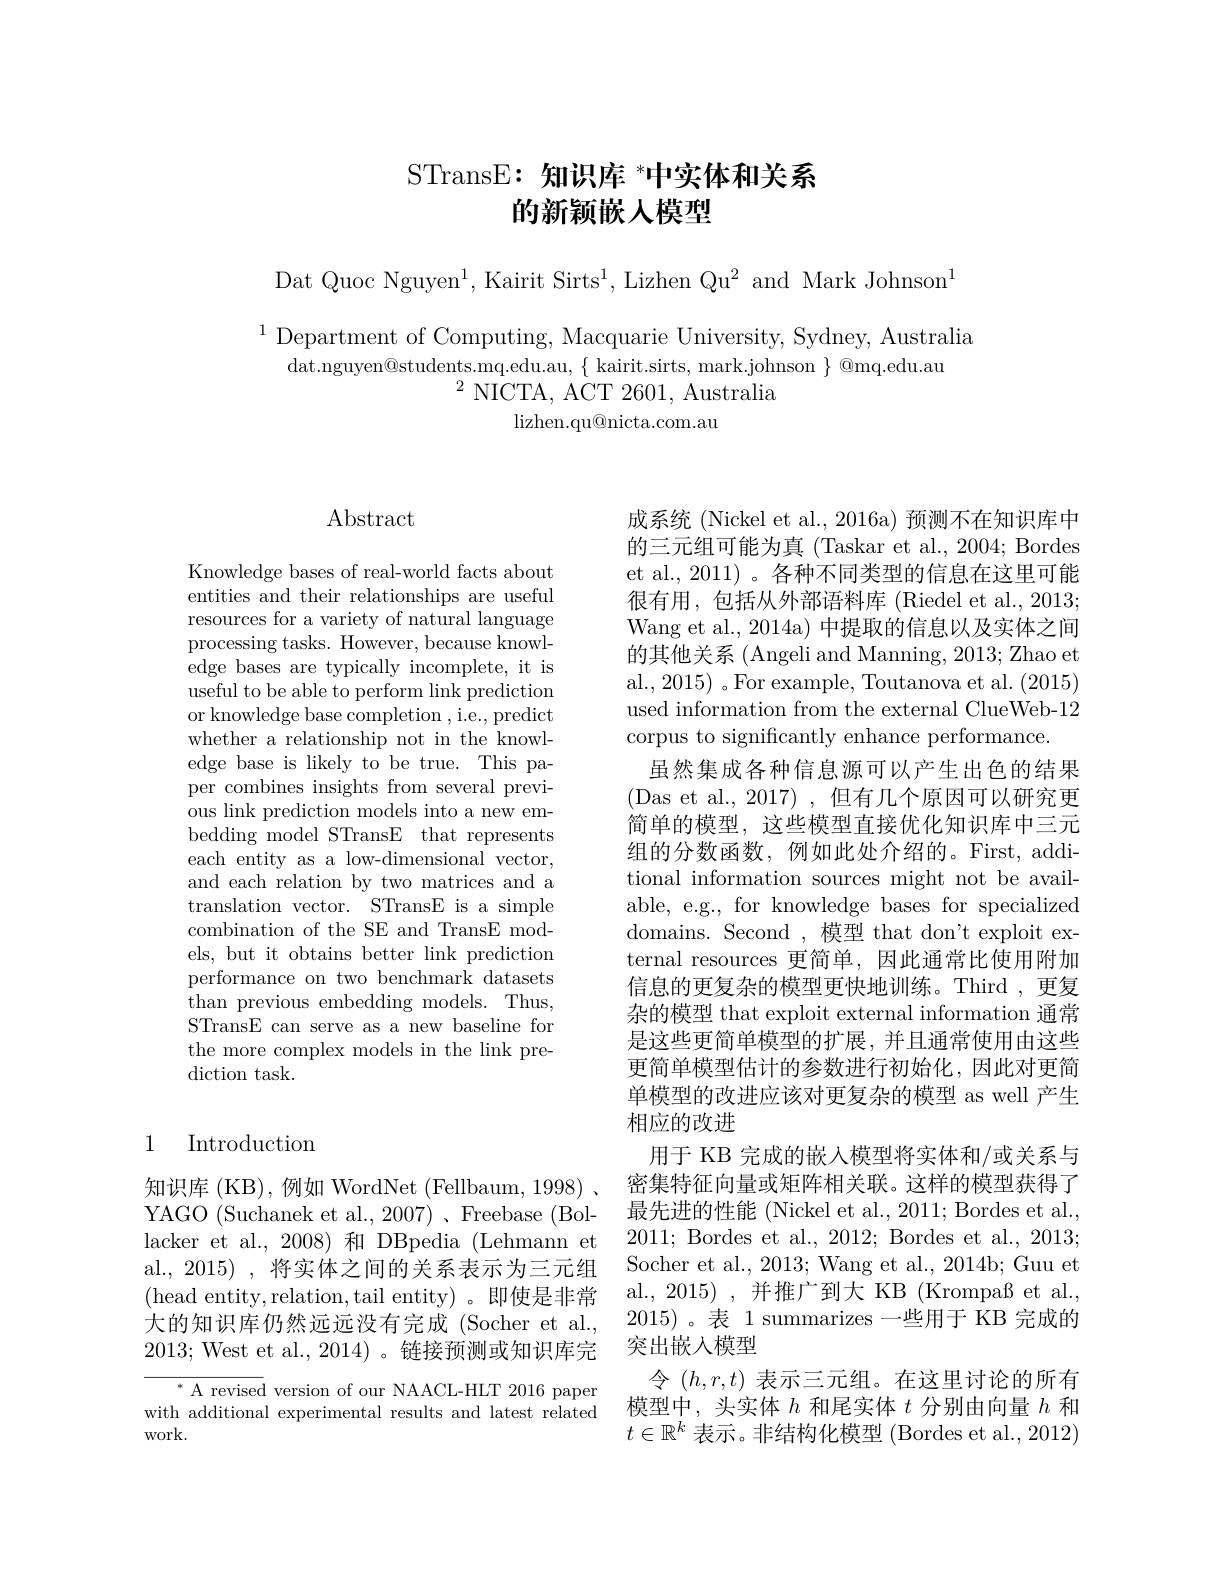
### STransE: $\textbf{知 识 库 }^{* }$中实体和关系的新颖嵌人模型

Dat Quoc Nguyen$^1$,Kairit Sirts$^1$,Lizhen Qu$^2$ and Mark Johnson$^1$

$^{1}$Department of Computing, Macquarie University, Sydney, Australia
$dat.nguyen@students.mq.edu.au,\{~kairit.sirts,~mark.johnson~\}~@mq.edu.au$
$^{2}{\mathrm{~NICTA,~ACT~2601,~Australia}}$
lizhen. qu@ nicta. com. au

## $\operatorname{Abstract}$

Knowledge bases of real-world facts about entities and their relationships are useful resources for a variety of natural language processing tasks. However, because knowledge bases are typically incomplete, it is useful to be able to perform link prediction or knowledge base completion , i.e., predict whether a relationship not in the knowledge base is likely to be true. This paper combines insights from several previous link prediction models into a new embedding model STransE that represents each entity as a low-dimensional vector, and each relation by two matrices and a translation vector. STransE is a simple combination of the SE and TransE models, but it obtains better link prediction performance on two benchmark datasets than previous embedding models. Thus, STransE can serve as a new baseline for the more complex models in the link prediction task.

## 1 Introduction

$^*$ A revised version of our NAACL-HLT 2016 paper with additional experimental results and latest related work.

成系统 (Nickel et al., 2016a) 预测不在知识库中的三元组可能为真 (Taskar et al., 2004; Bordes et al., 2011) 。各种不同类型的信息在这里可能很有用，包括从外部语料库 (Riedel et al., 2013; Wang et al., 2014a) 中提取的信息以及实体之间的其他关系 (Angeli and Manning, 2013; Zhao et al., 2015) 。For example, Toutanova et al. (2015) used information from the external ClueWeb-12 corpus to significantly enhance performance.
虽然集成各种信息源可以产生出色的结果(Das et al., 2017),但有几个原因可以研究更简单的模型，这些模型直接优化知识库中三元组的分数函数，例如此处介绍的。First, additional information sources might not be available, e.g., for knowledge bases for specialized domains. Second ,模型 that don't exploit external resources 更简单，因此通常比使用附加信息的更复杂的模型更快地训练。Third ,更复杂的模型 that exploit external information 通常是这些更简单模型的扩展，并且通常使用由这些更简单模型估计的参数进行初始化，因此对更简单模型的改进应该对更复杂的模型 as well 产生相应的改进
用于 KB 完成的嵌入模型将实体和/或关系与
知识库 (KB),例如 WordNet (Fellbaum, 1998)、密集特征向量或矩阵相关联。这样的模型获得了YAGO (Suchanek et al., 2007)、Freebase (Bol- 最先进的性能 (Nickel et al., 2011; Bordes et al., lacker et al., 2008) 和 DBpedia (Lehmann et 2011; Bordes et al., 2012; Bordes et al., 2013; al., 2015) , 将实体之间的关系表示为三元组 Socher et al., 2013; Wang et al., 2014b; Guu et (head entity,relation,tail entity)。即使是非常 al. , 2015),并推广到大KB(Krompaß et al., 大的知识库仍然远远没有完成 (Socher et al., 2015)。表 1 summarizes 一些用于 KB 完成的2013; West et al., 2014) 。链接预测或知识库完 突出嵌入模型
令$(h,r,t)$表示三元组。在这里讨论的所有模型中，头实体$h$和尾实体$t$分别由向量$h$和$t\in\mathbb{R}^k$表示。非结构化模型 (Bordes et al., 2012)